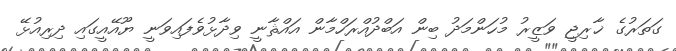
ގަތަރުގެ ޚާރިޖީ ވަޒީރު މުހަންމަދު ބިން އަބްދުއްރަހްމާން އައްޘާނީ ވިދާޅުވެފައިވަނީ ޔޫއޭއީގައި ދިރިއުޅޭ